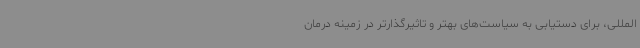
‌المللی، برای دستیابی به سیاست‌های بهتر و تاثیرگذارتر در زمینه درمان